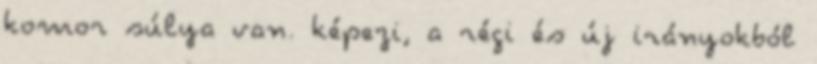
komor súlya van. képezi, a régi és új irányokból